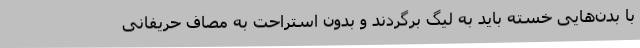
با بدن‌هایی خسته باید به لیگ برگردند و بدون استراحت به مصاف حریفانی